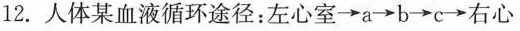
12.人体某血液循环途径：左心室 \rightarrow a \rightarrow b \rightarrow c \rightarrow 右心